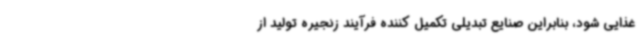
غذایی شود، بنابراین صنایع تبدیلی تکمیل کننده فرآیند زنجیره تولید از